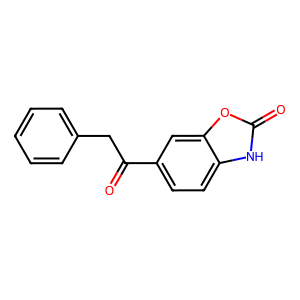
SMILES: O=C(Cc1ccccc1)c1ccc2[nH]c(=O)oc2c1
Inhibits HIV replication: No